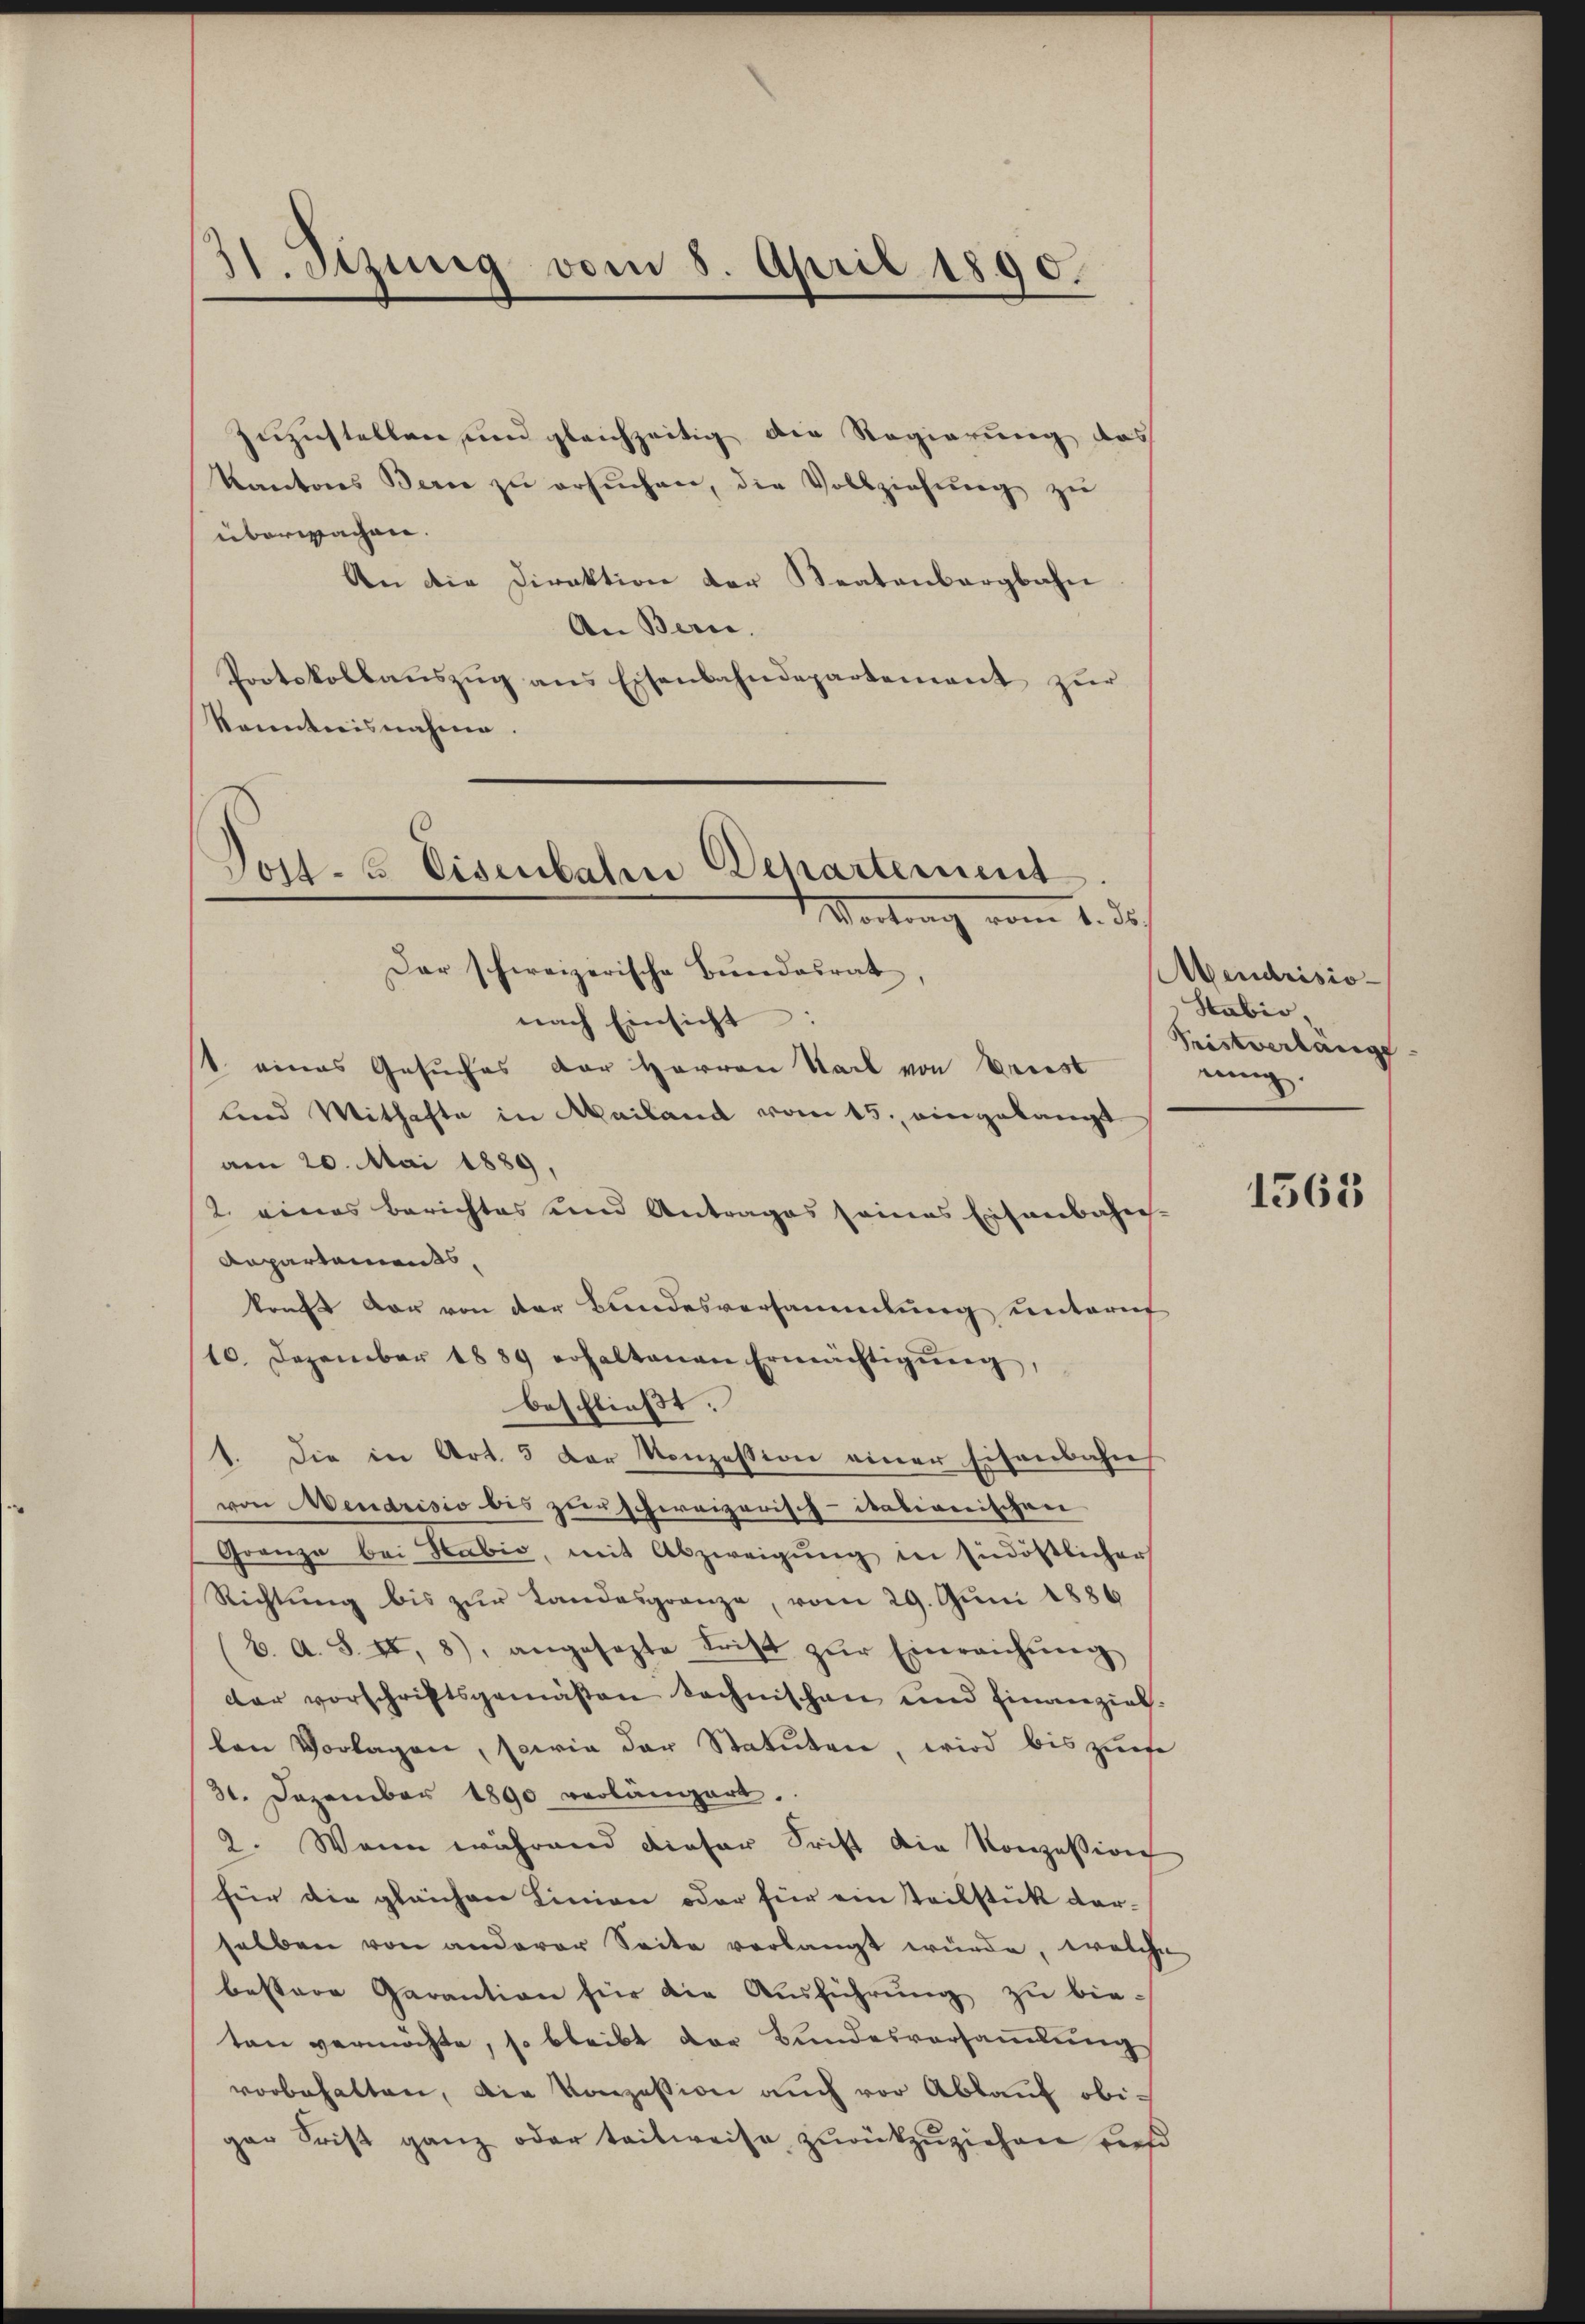
31. Sizung vom 8. April 1890.

zuzustellen und gleichzeitig die Regierung des
Kantons Bern zŭ ersŭchen, die Vollziehŭng zŭ
überwachen.
An die Direktion der Staatenbergbahn
An Berne.
Protokollaŭszŭg ans Eisenbahndepartement zŭr
kanntnisnahme.

Post- u. Eisenbahn Departement
Vortrag vom 1. das

Dar schweizerische Bundesrath,
nach Einsicht:
1 eines Gesuches der Herren Sack von Brust
lind Mithafte in Mailand vom 15. eingelangt
am 20. Mai 1889,
(2. eines Berichtes und Antrages seines Eisenbahn-
Departements,
kraft vor von der Bundesversammlung unteruf
10. Dezember 1889 erhaltenen Ermächtigŭng
beschließt:
1. Die in Art. 5 der Konzession einer Eisenbahn
von Mendrisio bis zuschreizerisch-itationischen
Granze bei Sabić, mit Abzweigŭng in sindöstlicher
Richtung bis zur Landesgrenze, vom 29. Juni 1886
b. A. S. II, 8), angesezte Frist zŭr Einreichŭng
dar vorschriftsgemäßen technischen und finanziel
len Vorlagen, sowie der Statuten, wird bis zuefe
31. Dezember 1890 verlängert.
2. Wenn während dieser Frist die Konzession
für die gleichen Linien oder für ein Teilstück dar-
selben von anderer Seite verlangt würde, welche
bestere Garantion für die Ausführung zu bieten vermöchte, so bleibt der Bundesversammlung
vorbehalten, die Konzession auch vor Abkauf obi-
gar Frist ganz oder teilweise zurückzuziehen dies

endrisio¬
Stabio,
Tristverlange
einig.

1563